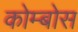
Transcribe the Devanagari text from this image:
कोम्बोस